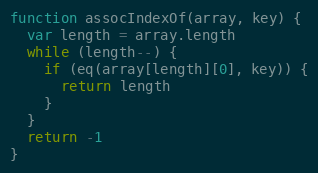
Language: JavaScript
function assocIndexOf(array, key) {
  var length = array.length
  while (length--) {
    if (eq(array[length][0], key)) {
      return length
    }
  }
  return -1
}